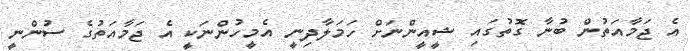
އެ ޖަމާއަތުން ބުނާ ގޮތުގައި ޝީއީންނަށް ހަމަލާދިނީ އެމީހުންނަކީ އެ ޖަމާއަތުގެ ސުންނީ